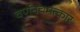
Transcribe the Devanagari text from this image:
वर्णनचमत्कार